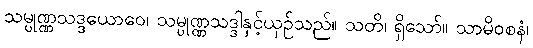
သမ္ပုဏ္ဏသဒ္ဒယောဝေ၊ သမ္ပုဏ္ဏသဒ္ဒါနှင့်ယှဉ်သည်။ သတိ၊ ရှိသော်။ သာမိဝစနံ၊